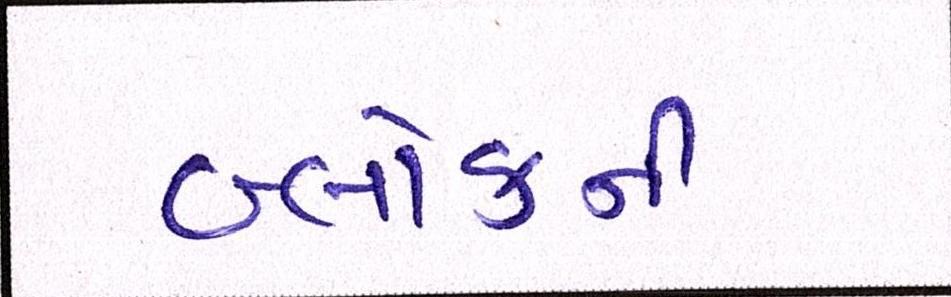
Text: બ્લોકની